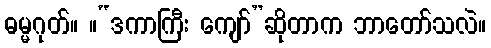
ဓမ္မဂုတ်။ ။“ဒကာကြီး ကျော်”ဆိုတာက ဘာတော်သလဲ။